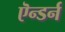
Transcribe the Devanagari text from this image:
ऎन्डर्न